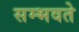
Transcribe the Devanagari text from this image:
सम्भवते